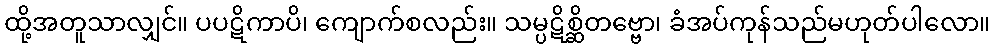
ထို့အတူသာလျှင်။ ပပဋိကာပိ၊ ကျောက်စလည်း။ သမ္ပဋိစ္ဆိတဗ္ဗော၊ ခံအပ်ကုန်သည်မဟုတ်ပါလော။